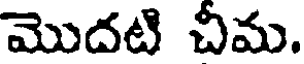
మొదటి చీమ.